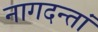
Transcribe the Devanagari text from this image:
नागदन्तां